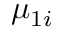
\mu _ { 1 i }